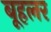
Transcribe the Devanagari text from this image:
बूहलर